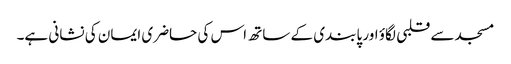
مسجد سے قلبی لگاؤ اور پابندی کے ساتھ اس کی حاضری ایمان کی نشانی ہے۔